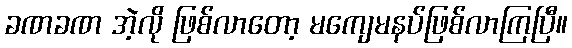
ခဏခဏ အဲ့လို ဖြစ်လာတော့ မကျေမနပ်ဖြစ်လာကြပြီ။